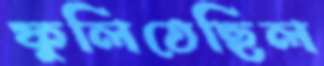
ফুলিতেছিল